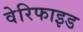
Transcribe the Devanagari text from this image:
वेरिफाइड